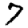
Digit: 7